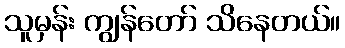
သူမှန်း ကျွန်တော် သိနေတယ်။